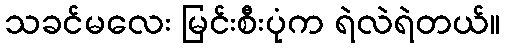
သခင်မလေး မြင်းစီးပုံက ရဲလဲရဲတယ်။